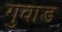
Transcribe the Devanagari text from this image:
गुवाड